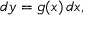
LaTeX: d y = g ( x ) \, d x ,